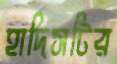
হাদিসটির